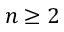
n \ge 2